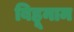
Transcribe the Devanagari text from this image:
बिहूनाम